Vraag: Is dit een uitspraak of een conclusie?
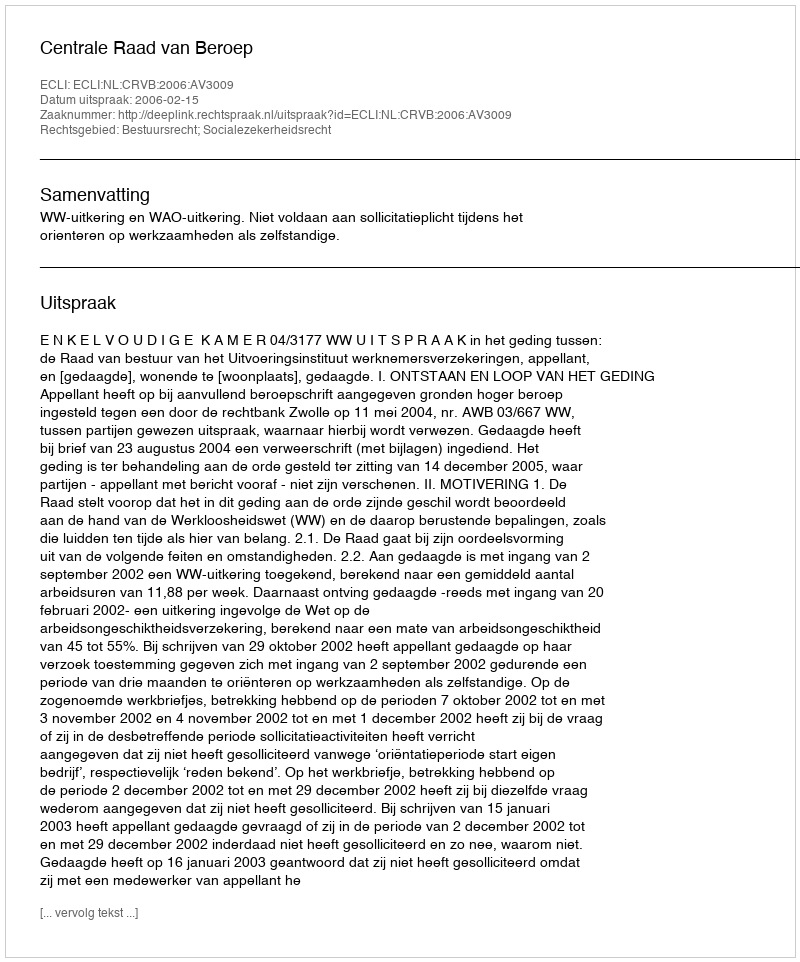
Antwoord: Uitspraak